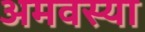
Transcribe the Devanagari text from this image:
अमवस्या